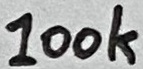
Text: 100k